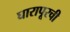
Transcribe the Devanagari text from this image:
घारापूरची